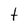
Character: t